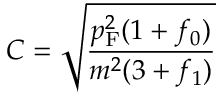
C = { \sqrt { \frac { p _ { \mathrm { { F } } } ^ { 2 } ( 1 + f _ { 0 } ) } { m ^ { 2 } ( 3 + f _ { 1 } ) } } }